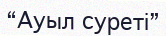
“Ауыл суреті”